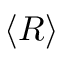
\langle R \rangle